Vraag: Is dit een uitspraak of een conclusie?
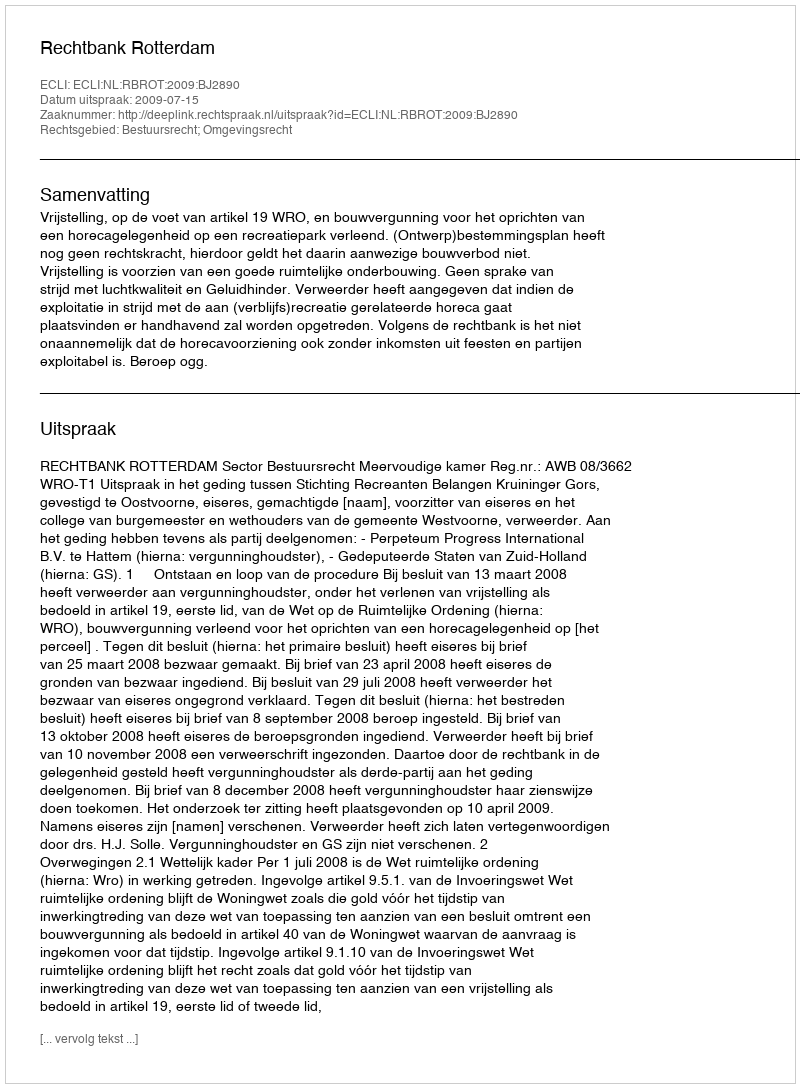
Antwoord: Uitspraak